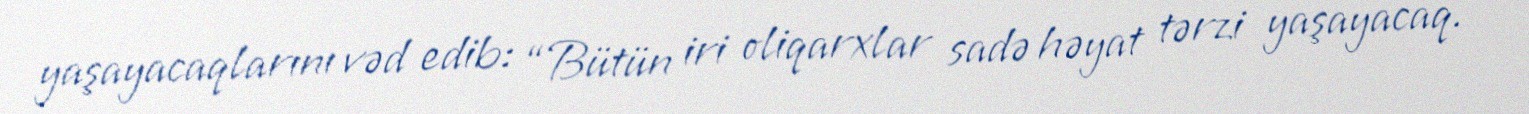
yaşayacaqlarını vəd edib: “Bütün iri oliqarxlar sadə həyat tərzi yaşayacaq.